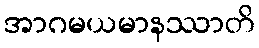
အာဂမယမာနဿာတိ